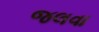
જલવા